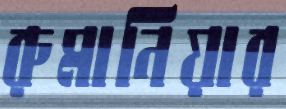
রুমানিয়ার